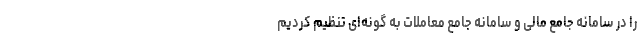
را در سامانه جامع مالی و سامانه جامع معاملات به گونه‌ای تنظیم کردیم